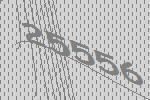
25556